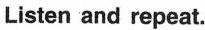
Listen and repeat.